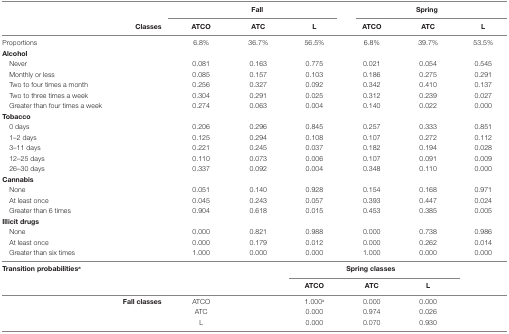
<table><thead><tr><td></td><td></td><td colspan="3"><b>Fall</b></td><td colspan="3"><b>Spring</b></td></tr><tr><td></td><td><b>Classes</b></td><td><b>ATCO</b></td><td><b>ATC</b></td><td><b>L</b></td><td><b>ATCO</b></td><td><b>ATC</b></td><td><b>L</b></td></tr></thead><tbody><tr><td>Proportions</td><td></td><td>6.8%</td><td>36.7%</td><td>56.5%</td><td>6.8%</td><td>39.7%</td><td>53.5%</td></tr><tr><td colspan="8"><b>Alcohol</b></td></tr><tr><td> Never</td><td></td><td>0.081</td><td>0.163</td><td>0.775</td><td>0.021</td><td>0.054</td><td>0.545</td></tr><tr><td> Monthly or less</td><td></td><td>0.085</td><td>0.157</td><td>0.103</td><td>0.186</td><td>0.275</td><td>0.291</td></tr><tr><td> Two to four times a month</td><td></td><td>0.256</td><td>0.327</td><td>0.092</td><td>0.342</td><td>0.410</td><td>0.137</td></tr><tr><td> Two to three times a week</td><td></td><td>0.304</td><td>0.291</td><td>0.025</td><td>0.312</td><td>0.239</td><td>0.027</td></tr><tr><td> Greater than four times a week</td><td></td><td>0.274</td><td>0.063</td><td>0.004</td><td>0.140</td><td>0.022</td><td>0.000</td></tr><tr><td colspan="8"><b>Tobacco</b></td></tr><tr><td> 0 days</td><td></td><td>0.206</td><td>0.296</td><td>0.845</td><td>0.257</td><td>0.333</td><td>0.851</td></tr><tr><td> 1–2 days</td><td></td><td>0.125</td><td>0.294</td><td>0.108</td><td>0.107</td><td>0.272</td><td>0.112</td></tr><tr><td> 3–11 days</td><td></td><td>0.221</td><td>0.245</td><td>0.037</td><td>0.182</td><td>0.194</td><td>0.028</td></tr><tr><td> 12–25 days</td><td></td><td>0.110</td><td>0.073</td><td>0.006</td><td>0.107</td><td>0.091</td><td>0.009</td></tr><tr><td> 26–30 days</td><td></td><td>0.337</td><td>0.092</td><td>0.004</td><td>0.348</td><td>0.110</td><td>0.000</td></tr><tr><td colspan="8"><b>Cannabis</b></td></tr><tr><td> None</td><td></td><td>0.051</td><td>0.140</td><td>0.928</td><td>0.154</td><td>0.168</td><td>0.971</td></tr><tr><td> At least once</td><td></td><td>0.045</td><td>0.243</td><td>0.057</td><td>0.393</td><td>0.447</td><td>0.024</td></tr><tr><td> Greater than 6 times</td><td></td><td>0.904</td><td>0.618</td><td>0.015</td><td>0.453</td><td>0.385</td><td>0.005</td></tr><tr><td colspan="8"><b>Illicit drugs</b></td></tr><tr><td> None</td><td></td><td>0.000</td><td>0.821</td><td>0.988</td><td>0.000</td><td>0.738</td><td>0.986</td></tr><tr><td> At least once</td><td></td><td>0.000</td><td>0.179</td><td>0.012</td><td>0.000</td><td>0.262</td><td>0.014</td></tr><tr><td> Greater than six times</td><td></td><td>1.000</td><td>0.000</td><td>0.000</td><td>1.000</td><td>0.000</td><td>0.000</td></tr><tr><td><b>Transition probabilities<sup>a</sup></b></td><td></td><td></td><td></td><td colspan="3"><b>Spring classes</b></td></tr><tr><td colspan="4"></td><td><b>ATCO</b></td><td><b>ATC</b></td><td><b>L</b></td></tr><tr><td></td><td><b>Fall classes</b></td><td>ATCO</td><td></td><td>1.000<sup>a</sup></td><td>0.000</td><td>0.000</td></tr><tr><td></td><td></td><td>ATC</td><td></td><td>0.000</td><td>0.974</td><td>0.026</td><td></td></tr><tr><td></td><td></td><td>L</td><td></td><td>0.000</td><td>0.070</td><td>0.930</td><td></td></tr></tbody></table>